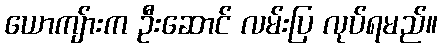
ယောကျ်ားက ဦးဆောင် လမ်းပြ လုပ်ရမည်။